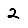
Digit: 2